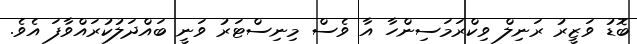
ބޮޑު ވަޒީރު ރަނިލް ވިކްރަމަސިންހާ އާ ވެސް މިނިސްޓަރު ވަނީ ބައްދަލުކުރައްވާފަ އެވެ.